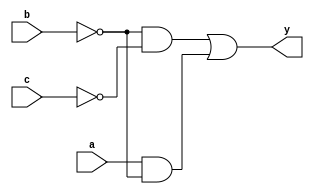
// //////////////////////////////////
// Comment :  My first program    ///
// Version :  V1.0                ///
// Program :  y = (~b .~c)+(a .~b)///
/////////////////////////////////////

module Func (a,b,c,y);
input a,b,c;
output y;

assign y = (~b & ~c) | (a & ~b);

endmodule

module Func_tb ();

reg a,b,c;
wire y;

Func dut (a,b,c,y);

always begin
a = 0; b = 0; c = 0; #10;
a = 1; b = 0; c = 0; #10;
a = 0; b = 1; c = 0; #10;
end

endmodule